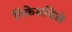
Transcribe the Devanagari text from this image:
पिकेसविले